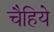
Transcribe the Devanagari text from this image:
चैहिये